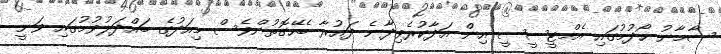
ސާމާނު ހޯދުމުގައި އެމްޓީސީސީ އިން އަދާކުރެވިދާނެ ދައުރާ ބެހޭގޮތުންވެސް މިއަދުގެ ބައްދަލުވުމުގައި ވަނީ